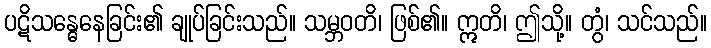
ပဋိသန္ဓေနေခြင်း၏ ချုပ်ခြင်းသည်။ သမ္ဘဝတိ၊ ဖြစ်၏။ ဣတိ၊ ဤသို့။ တွံ၊ သင်သည်။